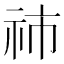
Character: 𥙅